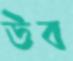
উব